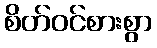
စိတ်ဝင်စားစွာ